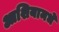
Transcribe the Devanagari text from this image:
आशियामधे